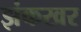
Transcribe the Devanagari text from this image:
झंकखर